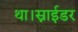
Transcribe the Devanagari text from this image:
था।स्नाईडर